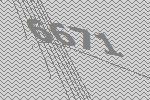
6671